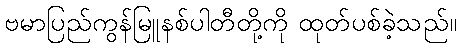
ဗမာပြည်ကွန်မြူနစ်ပါတီတို့ကို ထုတ်ပစ်ခဲ့သည်။